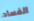
الفساد